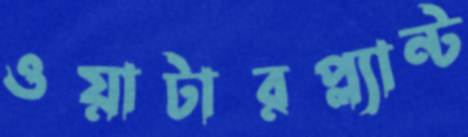
ওয়াটারপ্ল্যান্ট